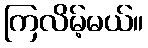
ကြလိမ့်မယ်။